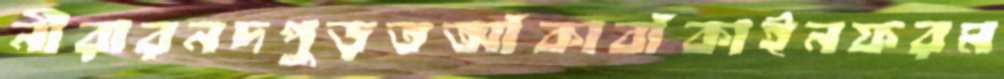
নীরারনদপুড়তআঁকাবাঁকাইনফরম